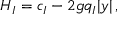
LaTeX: H _ { I } = c _ { I } - 2 g q _ { I } | y | \, ,